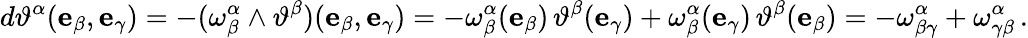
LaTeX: d\vartheta^{\alpha}(\mathbf{e}_{\beta},\mathbf{e}_{\gamma})=-(\omega^{\alpha}_{\beta}\wedge\vartheta^{\beta})(\mathbf{e}_{\beta},\mathbf{e}_{\gamma})=-\omega^{\alpha}_{\beta}(\mathbf{e}_{\beta})\, \vartheta^{\beta}(\mathbf{e}_{\gamma})+\omega^{\alpha}_{\beta}(\mathbf{e}_{\gamma})\, \vartheta^{\beta}(\mathbf{e}_{\beta})=-\omega^{\alpha}_{\beta\gamma}+\omega^{\alpha}_{\gamma\beta}\, .